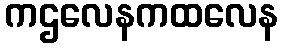
ကဌလေနကထလေန